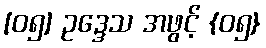
[၀၅] ဥဒ္ဒေသ အဖွင့် {၀၅}